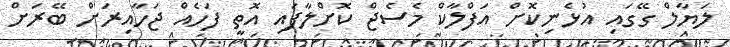
ލަޔާލް ގޭގައި އުޅެނިކޮށް އަފްލާކް މެސެޖް ކޮށްލާފައި އޮތީ ފަހެއް ޖަހާއިރަށް ބޭރަށް